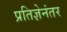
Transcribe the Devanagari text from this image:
प्रतिज्ञेनंतर